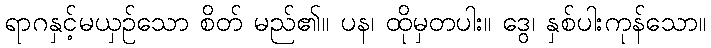
ရာဂနှင့်မယှဉ်သော စိတ် မည်၏။ ပန၊ ထိုမှတပါး။ ဒွေ၊ နှစ်ပါးကုန်သော။